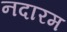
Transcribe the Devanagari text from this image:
नदारम